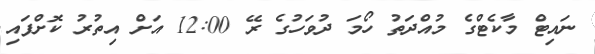
ނައިޓް މާކެޓްގެ މުއްދަތު ހޯމަ ދުވަހުގެ ރޭ 12:00 އަށް އިތުރު ކޮށްފައި